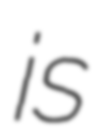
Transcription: is